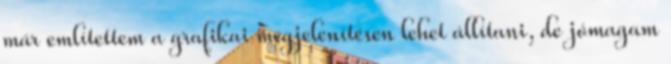
már említettem a grafikai megjelenítésen lehet állítani, de jómagam